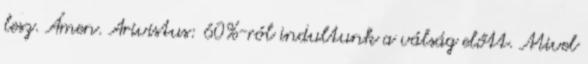
lesz. Ámen. Arivistus: 60%-ról indultunk a válság előtt. Mivel